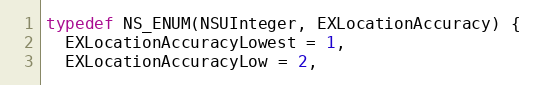
Language: C
typedef NS_ENUM(NSUInteger, EXLocationAccuracy) {
  EXLocationAccuracyLowest = 1,
  EXLocationAccuracyLow = 2,